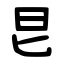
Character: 㫐